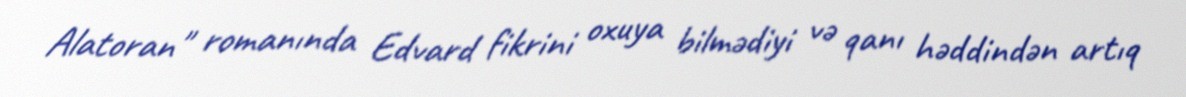
Alatoran" romanında Edvard fikrini oxuya bilmədiyi və qanı həddindən artıq